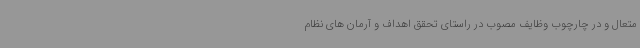
متعال و در چارچوب وظایف مصوب در راستای تحقق اهداف و آرمان های نظام